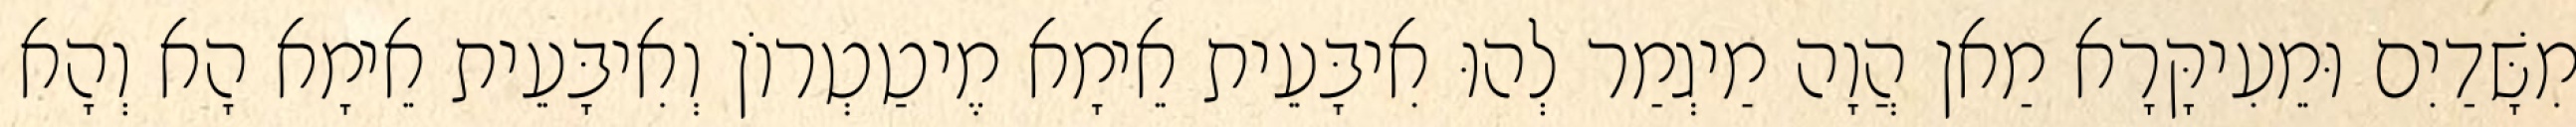
מִשָּׁדַיִם וּמֵעִיקָּרָא מַאן הֲוָה מַיגְמַר לְהוּ אִיבָּעֵית אֵימָא מֶיטַטְרוֹן וְאִיבָּעֵית אֵימָא הָא וְהָא